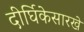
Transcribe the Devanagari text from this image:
दीर्घिकेसारखे